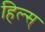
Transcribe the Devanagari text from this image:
हिल्स्